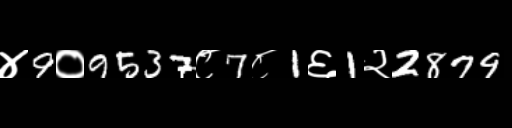
Text: ४9०9537८7८1६1२2879